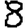
Digit: 8